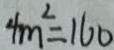
4 m ^ { 2 } = 1 6 0